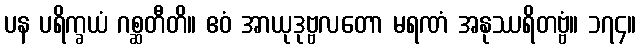
ပန ပရိက္ခယံ ဂစ္ဆတီတိ။ ဧဝံ အာယုဒုဗ္ဗလတော မရဏံ အနုဿရိတဗ္ဗံ။ ၁၇၄။